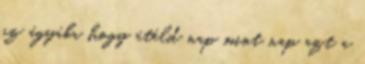
az ágyába hogy átéld nap mint nap azt a